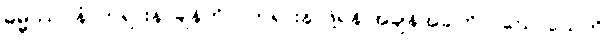
ဓမ္မဿဝနံ၊ တရားနာချိန်ကို။ (တရားနာဖို့ရန် အချိန်အခါကို။) ဃောသေတိ၊